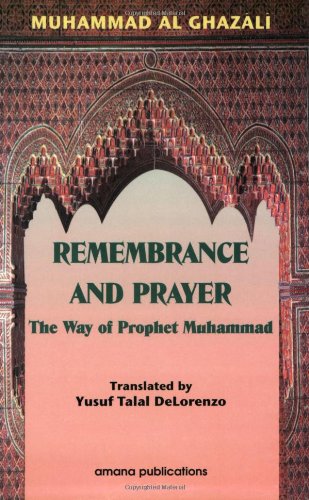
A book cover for Remembrance and Prayer: The Way of the Prophet Muhammad; Shaykh Muhammad Al Ghazali; Religion & Spirituality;